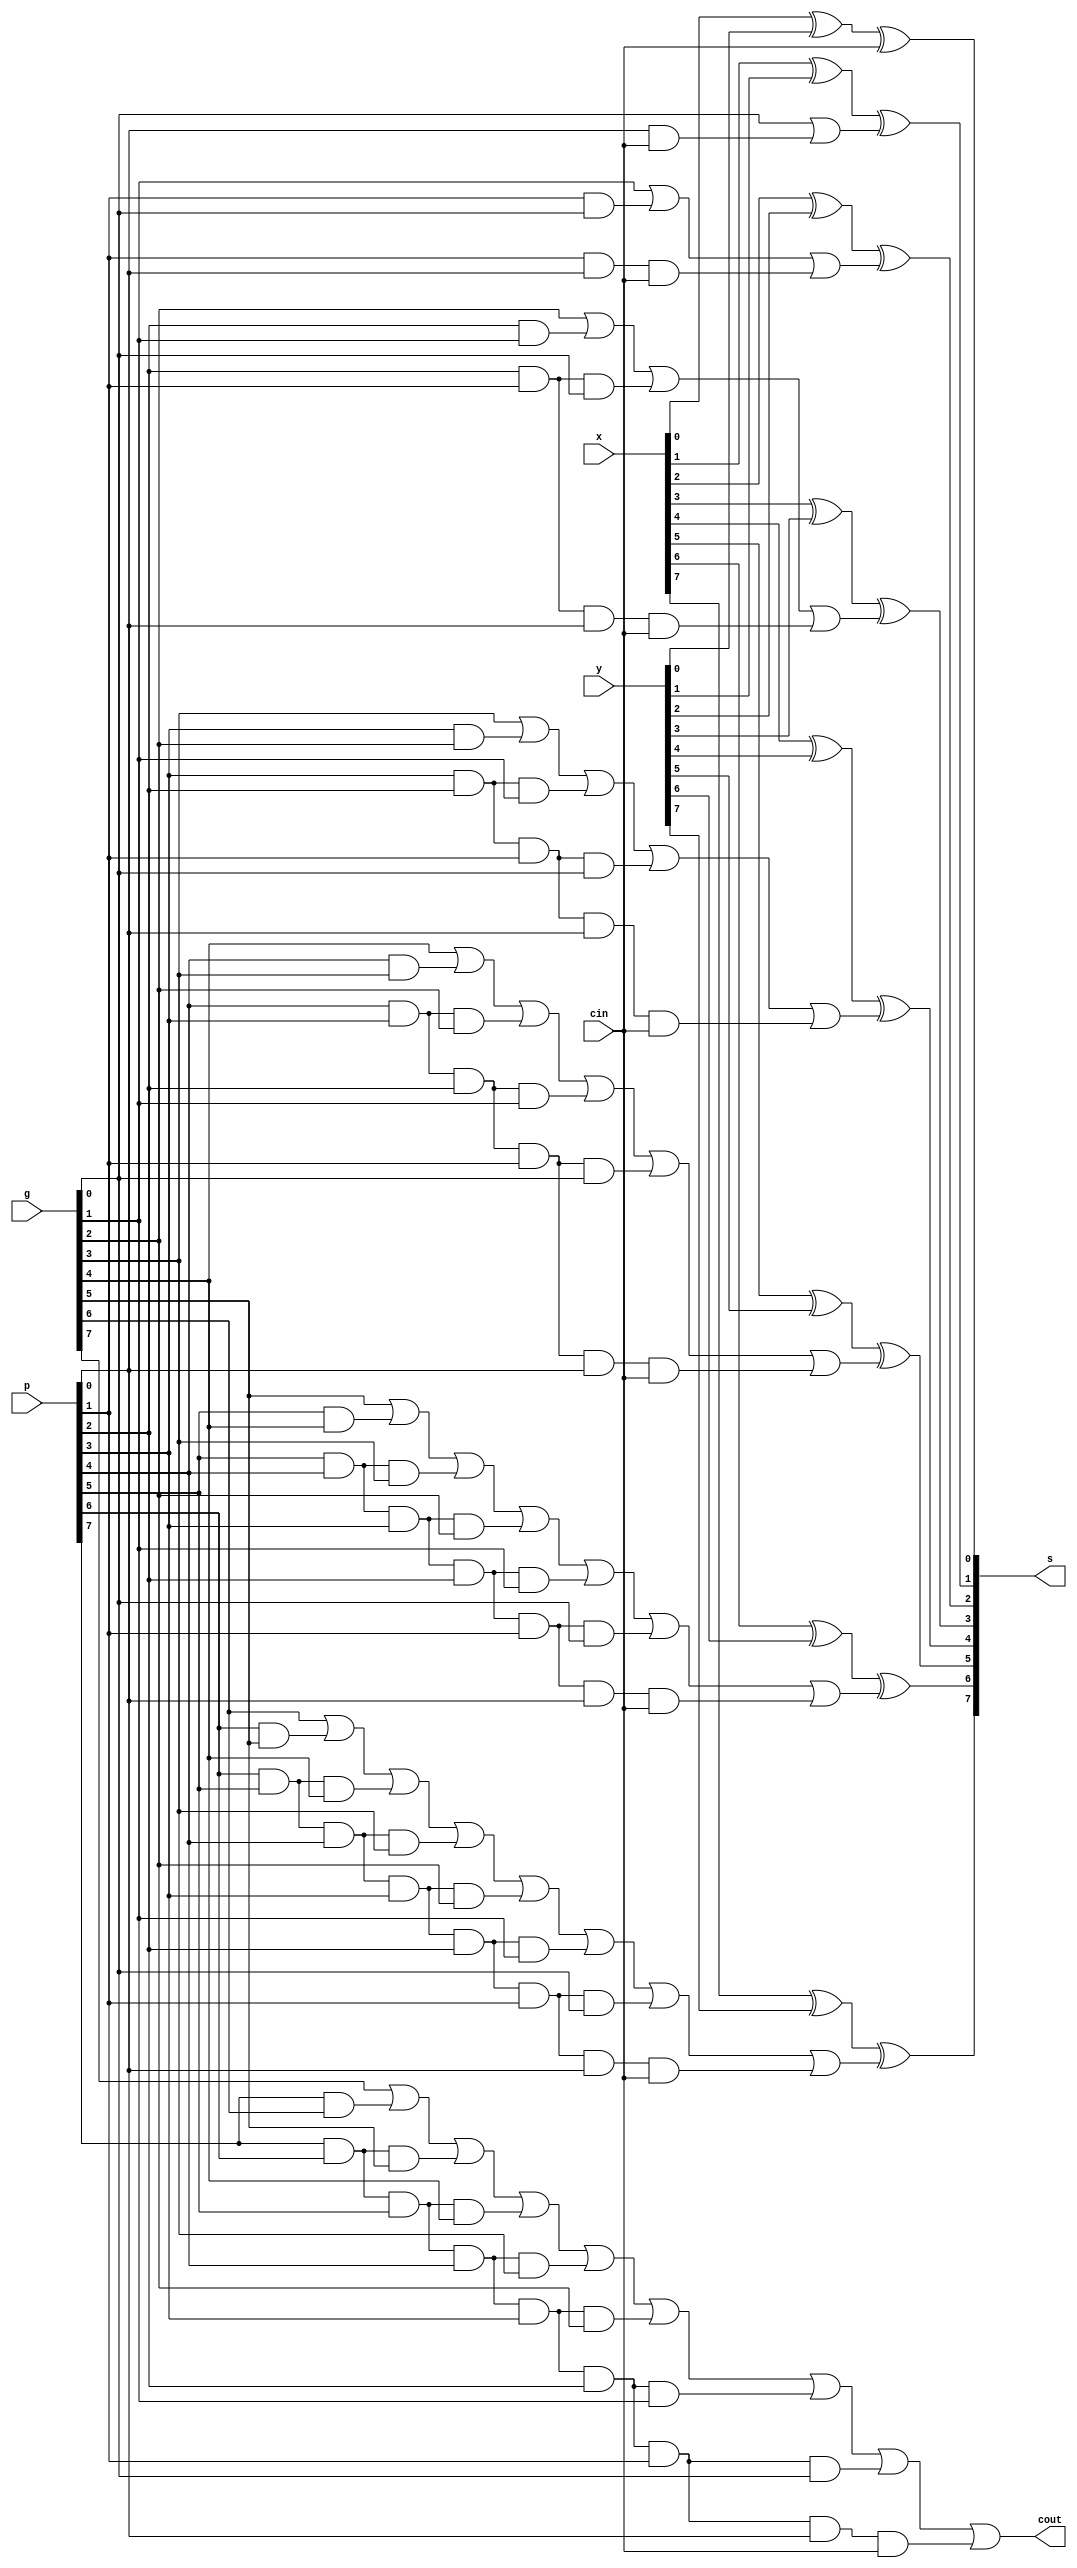
module cla_8(
	input cin,
	input [7:0] x, y, g, p,
	output cout,
	output [7:0] s
	);
	
//	wire[7:0] g, p;
//	
//	and a0(g[0], x[0], y[0]);
//	and a1(g[1], x[1], y[1]);
//	and a2(g[2], x[2], y[2]);
//	and a3(g[3], x[3], y[3]);
//	and a4(g[4], x[4], y[4]);
//	and a5(g[5], x[5], y[5]);
//	and a6(g[6], x[6], y[6]);
//	and a7(g[7], x[7], y[7]);
//	
//	or or0(p[0], x[0], y[0]);
//	or or1(p[1], x[1], y[1]);
//	or or2(p[2], x[2], y[2]);
//	or or3(p[3], x[3], y[3]);
//	or or4(p[4], x[4], y[4]);
//	or or5(p[5], x[5], y[5]);
//	or or6(p[6], x[6], y[6]);
//	or or7(p[7], x[7], y[7]);

	wire w1_1, c1, w2_1, w2_2, c2, w3_1, w3_2, w3_3, c3, w4_1, w4_2, w4_3, w4_4, c4, w5_1, w5_2, w5_3, w5_4, w5_5, c5;
	wire w6_1, w6_2, w6_3, w6_4, w6_5, w6_6, c6, w7_1, w7_2, w7_3, w7_4, w7_5, w7_6, w7_7, c7, w8_1, w8_2, w8_3, w8_4, w8_5, w8_6, w8_7, w8_8;
	
	//computing c1
	and a1_1(w1_1, p[0], cin);
	or o1(c1, g[0], w1_1);
	
	//computing c2
	and a2_1(w2_1, p[1], g[0]);
	and a2_2(w2_2, p[1], p[0], cin);
	or o2(c2, g[1], w2_1, w2_2);
	
	//computing c3
	and a3_1(w3_1, p[2], g[1]);
	and a3_2(w3_2, p[2], p[1], g[0]);
	and a3_3(w3_3, p[2], p[1], p[0], cin);
	or o3(c3, g[2], w3_1, w3_2, w3_3);

	//computing c4
	and a4_1(w4_1, p[3], g[2]);
	and a4_2(w4_2, p[3], p[2], g[1]);
	and a4_3(w4_3, p[3], p[2], p[1], g[0]);
	and a4_4(w4_4, p[3], p[2], p[1], p[0], cin);
	or o4(c4, g[3], w4_1, w4_2, w4_3, w4_4);
	
	//computing c5
	and a5_1(w5_1, p[4], g[3]);
	and a5_2(w5_2, p[4], p[3], g[2]);
	and a5_3(w5_3, p[4], p[3], p[2], g[1]);
	and a5_4(w5_4, p[4], p[3], p[2], p[1], g[0]);
	and a5_5(w5_5, p[4], p[3], p[2], p[1], p[0], cin);
	or o5(c5, g[4], w5_1, w5_2, w5_3, w5_4, w5_5);
	
	//computing c6
	and a6_1(w6_1, p[5], g[4]);
	and a6_2(w6_2, p[5], p[4], g[3]);
	and a6_3(w6_3, p[5], p[4], p[3], g[2]);
	and a6_4(w6_4, p[5], p[4], p[3], p[2], g[1]);
	and a6_5(w6_5, p[5], p[4], p[3], p[2], p[1], g[0]);
	and a6_6(w6_6, p[5], p[4], p[3], p[2], p[1], p[0], cin);
	or o6(c6, g[5], w6_1, w6_2, w6_3, w6_4, w6_5, w6_6);
	
	//computing c7
	and a7_1(w7_1, p[6], g[5]);
	and a7_2(w7_2, p[6], p[5], g[4]);
	and a7_3(w7_3, p[6], p[5], p[4], g[3]);
	and a7_4(w7_4, p[6], p[5], p[4], p[3], g[2]);
	and a7_5(w7_5, p[6], p[5], p[4], p[3], p[2], g[1]);
	and a7_6(w7_6, p[6], p[5], p[4], p[3], p[2], p[1], g[0]);
	and a7_7(w7_7, p[6], p[5], p[4], p[3], p[2], p[1], p[0], cin);
	or o7(c7, g[6], w7_1, w7_2, w7_3, w7_4, w7_5, w7_6, w7_7);
	
	//computing c8
	and a8_1(w8_1, p[7], g[6]);
	and a8_2(w8_2, p[7], p[6], g[5]);
	and a8_3(w8_3, p[7], p[6], p[5], g[4]);
	and a8_4(w8_4, p[7], p[6], p[5], p[4], g[3]);
	and a8_5(w8_5, p[7], p[6], p[5], p[4], p[3], g[2]);
	and a8_6(w8_6, p[7], p[6], p[5], p[4], p[3], p[2], g[1]);
	and a8_7(w8_7, p[7], p[6], p[5], p[4], p[3], p[2], p[1], g[0]);
	and a8_8(w8_8, p[7], p[6], p[5], p[4], p[3], p[2], p[1], p[0], cin);
	or o8(cout, g[7], w8_1, w8_2, w8_3, w8_4, w8_5, w8_6, w8_7, w8_8);
	
	//computing sums
	xor x0(s[0], x[0], y[0], cin);
	xor x1(s[1], x[1], y[1], c1);
	xor x2(s[2], x[2], y[2], c2);
	xor x3(s[3], x[3], y[3], c3);
	xor x4(s[4], x[4], y[4], c4);
	xor x5(s[5], x[5], y[5], c5);
	xor x6(s[6], x[6], y[6], c6);
	xor x7(s[7], x[7], y[7], c7);
	
endmodule